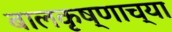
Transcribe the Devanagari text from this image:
बालकृष्णाच्या